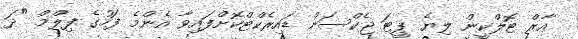
އާރް ޓޮލްކީން ލިޔެ ޕީޓަ ޖެކްސަން ޑައިރެކްޓްކޮށްފައިވާ އެންމެ ފަހުގެ ފިލްމް "ދަ